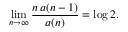
\operatorname* { l i m } _ { n \to \infty } { \frac { n \, a ( n - 1 ) } { a ( n ) } } = \log 2 .